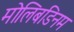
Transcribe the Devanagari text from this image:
मोलिबडिनम